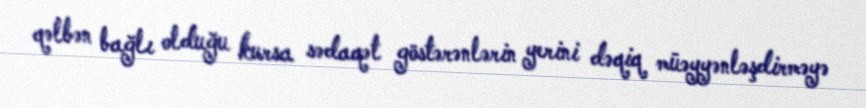
qəlbən bağlı olduğu kursa sədaqət göstərənlərin yerini dəqiq müəyyənləşdirməyə